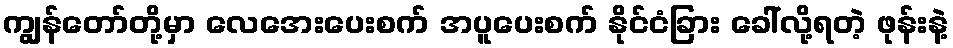
ကျွန်တော်တို့မှာ လေအေးပေးစက် အပူပေးစက် နိုင်ငံခြား ခေါ်လို့ရတဲ့ ဖုန်းနဲ့